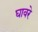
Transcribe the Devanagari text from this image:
घावरे